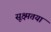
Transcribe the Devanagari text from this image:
सूक्ष्मतया